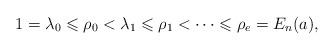
LaTeX: \begin{align*}1=\lambda _0\leqslant \rho _0< \lambda _1\leqslant \rho _1< \dots \leqslant \rho _{e}=E_n(a),\end{align*}